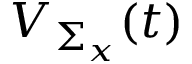
{ \cal V } _ { \Sigma _ { x } } ( t )